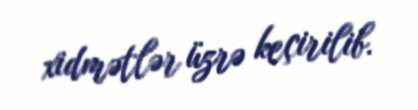
xidmətlər üzrə keçirilib.